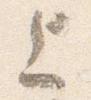
上